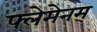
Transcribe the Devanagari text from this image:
फ्लेमेनम